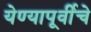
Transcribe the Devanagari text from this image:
येण्यापूर्वीचे